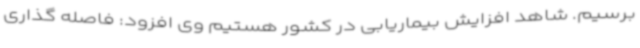
برسیم. شاهد افزایش بیماریابی در کشور هستیم وی افزود: فاصله گذاری